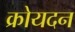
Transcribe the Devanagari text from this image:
क्रोयदन